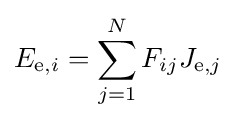
E_{\mathrm {e} ,i}=\sum _{j=1}^{N}F_{ij}J_{\mathrm {e} ,j}